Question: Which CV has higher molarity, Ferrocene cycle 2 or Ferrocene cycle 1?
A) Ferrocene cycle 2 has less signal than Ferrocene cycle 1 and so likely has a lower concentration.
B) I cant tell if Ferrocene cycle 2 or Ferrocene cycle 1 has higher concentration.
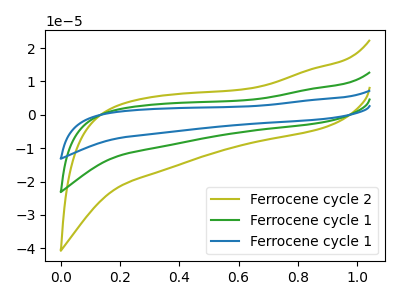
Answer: <think>The olive curve "Ferrocene cycle 2" has no peaks. The green curve "Ferrocene cycle 1" has no peaks. The blue curve "Ferrocene cycle 1" has no peaks.
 Neither "Ferrocene cycle 2" or "Ferrocene cycle 1" have any peaks.</think>
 <answer>B) I cant tell if "Ferrocene cycle 2" or "Ferrocene cycle 1" has higher concentration.</answer>
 <eval>B</eval>